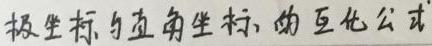
极坐标与直角坐标的互化公式